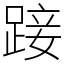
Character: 踥